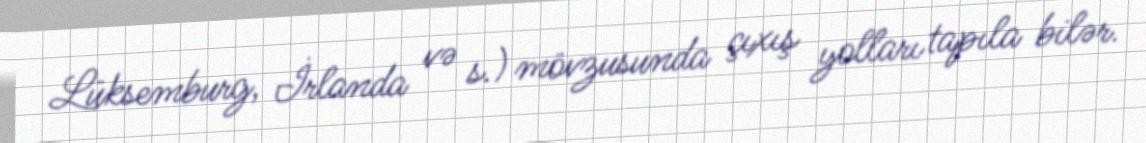
Lüksemburg, İrlanda və s.) mövzusunda çıxış yolları tapıla bilər.